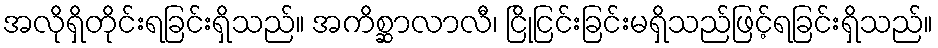
အလိုရှိတိုင်းရခြင်းရှိသည်။ အကိစ္ဆာလာလီ၊ ငြိုငြင်းခြင်းမရှိသည်ဖြင့်ရခြင်းရှိသည်။